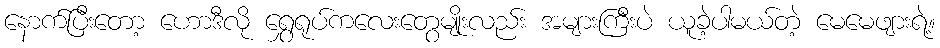
နောက်ပြီးတော့ ဟောဒီလို ရွှေရုပ်ကလေးတွေမျိုးလည်း အများကြီးပဲ ယူခဲ့ပါမယ်တဲ့ မေမေဖျားရဲ့။